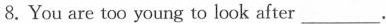
8. You are too young to look after ___.